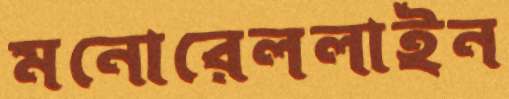
মনোরেললাইন